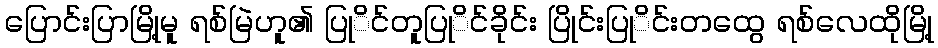
ပြောင်းပြာမြို့မူ ရစ်မြဲဟူ၏ ပြုိင်တူပြုိင်ခိုင်း ပြိုင်းပြုိင်းတထွေ ရစ်လေထိုမြို့